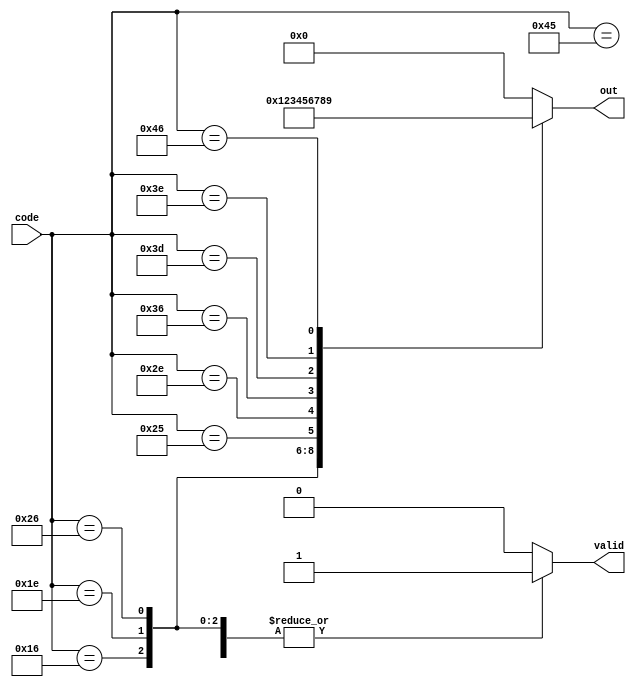
module top_module (
    input [7:0] code,
    output reg [3:0] out,
    output reg valid
);

    always @(*) begin
        valid = 1;
        out = 4'd0;
        case (code)
            8'h45: out = 4'd0;
            8'h16: out = 4'd1;
            8'h1e: out = 4'd2;
            8'h26: out = 4'd3;
            8'h25: out = 4'd4;
            8'h2e: out = 4'd5;
            8'h36: out = 4'd6;
            8'h3d: out = 4'd7;
            8'h3e: out = 4'd8;
            8'h46: out = 4'd9;
            default: valid = 0;
        endcase
    end

endmodule